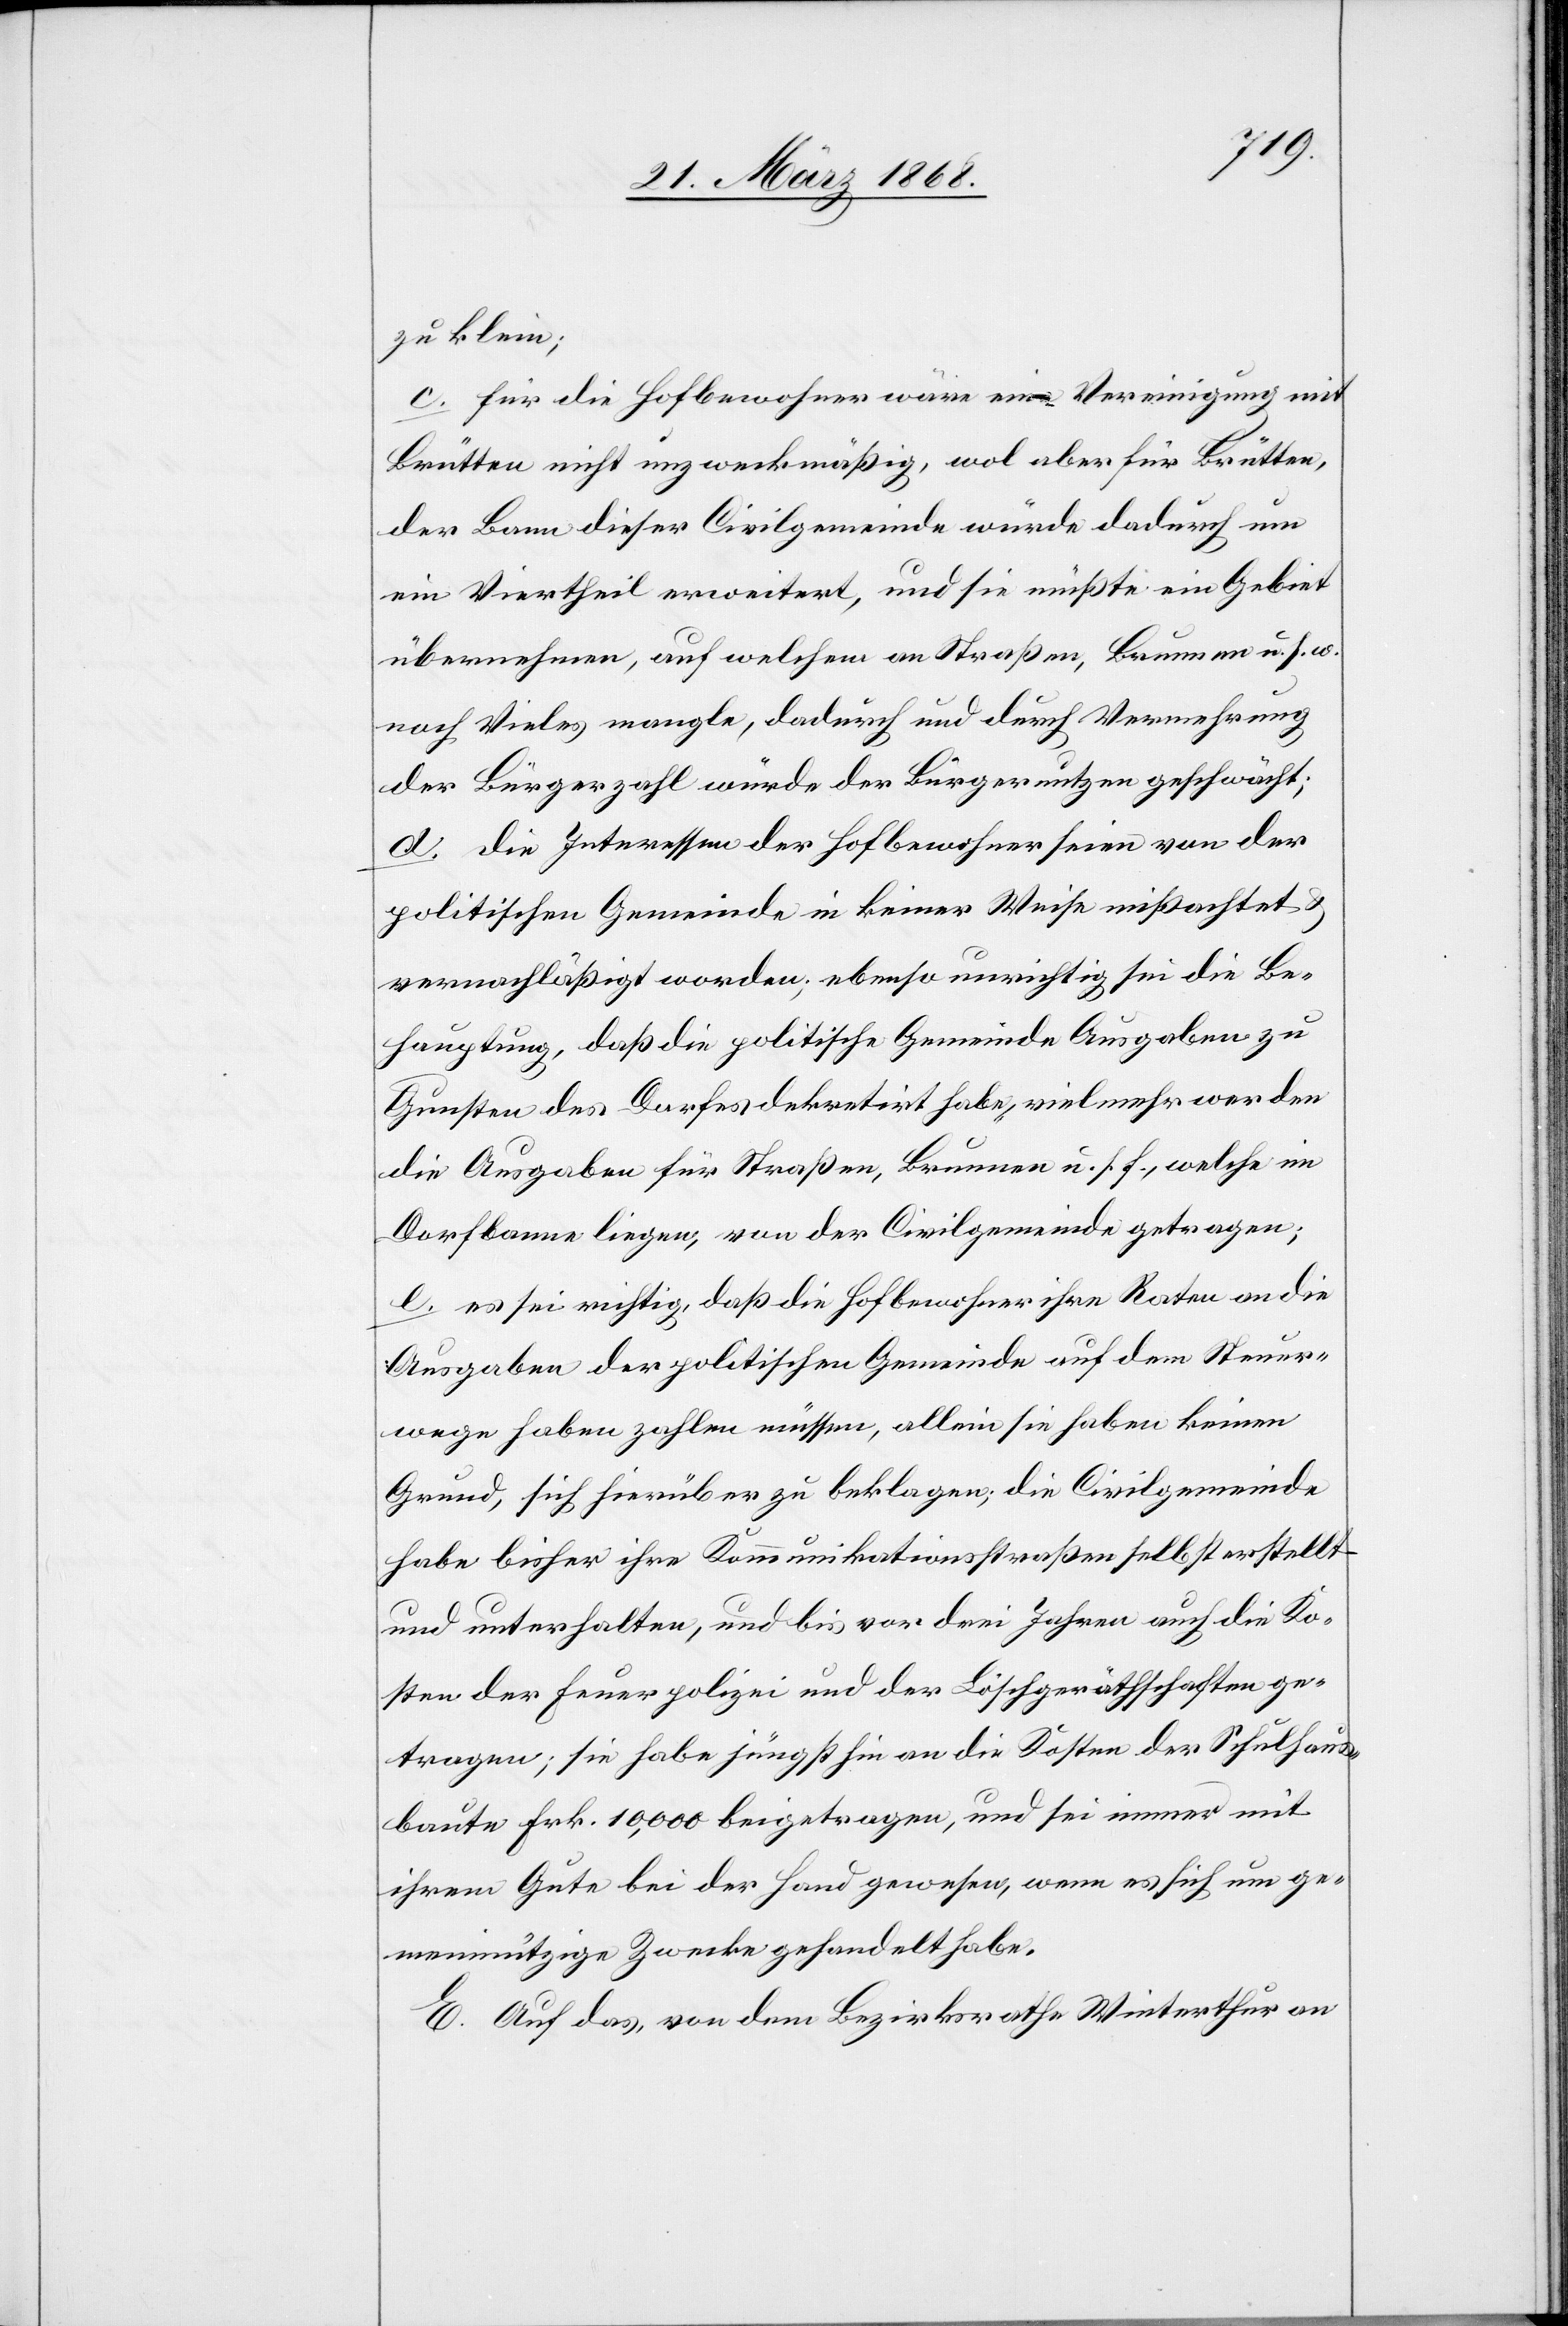
zu klein;
c. für die Hofbewohner wäre eine Vereinigung mit
Brütten nicht unzweckmäßig, wol aber für Brütten,
der Bann dieser Civilgemeinde würde dadurch um
ein Viertheil erweitert, und sie müßte ein Gebiet
übernehmen, auf welchem an Straßen, Brunnen u. s. w.
noch Vieles mangle, dadurch und durch Vermehrung
der Bürgerzahl würde der Bürgernutzen geschwächt;
d. die Interessen der Hofbewohner seien von der
politischen Gemeinde in keiner Weise mißachtet
vernachläßigt worden; ebenso unrichtig sei die Be¬
hauptung, daß die politische Gemeinde Ausgaben zu
Gunsten des Dorfes dekretirt habe, vielmehr werden
die Ausgaben für Straßen, Brunnen u. s. f., welche im
Dorfbanne liegen, von der Civilgemeinde getragen;
e. es sei richtig, daß die Hofbewohner ihre Raten an die
Ausgaben der politischen Gemeinde auf dem Steuer¬
wege haben zahlen müssen, allein sie haben keinen
Grund, sich hierüber zu beklagen; die Civilgemeinde
habe bisher ihre Kommunikationsstraßen selbst erstellt
und unterhalten, und bis vor drei Jahren auch die Ko¬
sten der Feuerpolizei und der Löschgeräthschaften ge¬
tragen; sie habe jüngsthin an die Kosten der Schulhaus¬
baute Frk. 10,000 beigetragen, und sei immer mit
ihrem Gute bei der Hand gewesen, wenn es sich um ge¬
meinnützige Zwecke gehandelt habe.
E. Auf das, von dem Bezirksrathe Winterthur an